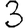
Digit: 3